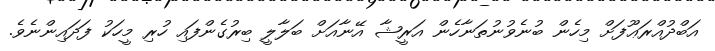
އަބްދުއްރަޢޫފަށް މިހެން ބުނެވުނުތަނާހެން އަރީޝާ އޭނާއަށް ބަލާލީ ބިރުގެންފައި ހުރި މީހަކު ފަދައިންނެވެ.